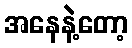
အနေနဲ့တော့